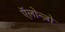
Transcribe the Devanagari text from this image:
ऍलोन्ज़ो